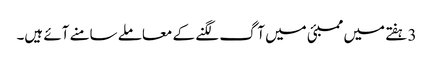
3 ہفتے میں ممبئی میں آگ لگنے کے معاملے سامنے آئے ہیں۔